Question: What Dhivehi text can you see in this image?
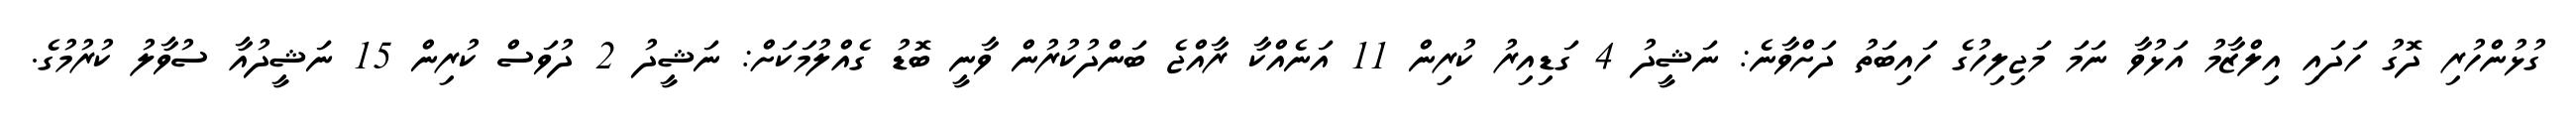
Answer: ގުޅުންހުރި ދޮގު ހަދައި އިލްޒާމު އަޅުވާ ނަމަ މަޖިލިހުގެ ހައިބަތު ދަށްވާނެ: ނަޝީދު 4 ގަޑިއިރު ކުރިން 11 އަނެއްކާ ރާއްޖެ ބަންދުކުރުން ވާނީ ބޮޑު ގެއްލުމަކަށް: ނަޝީދު 2 ދުވަސް ކުރިން 15 ނަޝީދުއާ ސުވާލު ކުރުމުގެ.